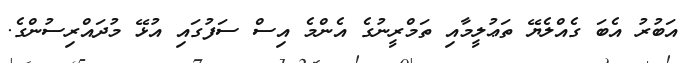
އަބުރު އެބަ ގެއްލެޔޭ ތަޢުލީމާއި ތަމްރީނުގެ އެންމެ އިސް ސަފުގައި އުޅޭ މުދައްރިސުންގެ.